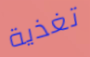
تغذية